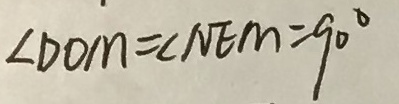
\angle D O M = \angle N E M = 9 0 ^ { \circ }